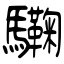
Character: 驧